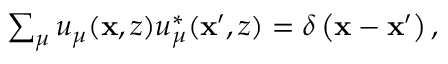
\begin{array} { r } { \sum _ { \mu } u _ { \mu } ( \mathbf { x } , z ) u _ { \mu } ^ { * } ( \mathbf { x } ^ { \prime } , z ) = \delta \left( \mathbf { x } - \mathbf { x } ^ { \prime } \right) , } \end{array}